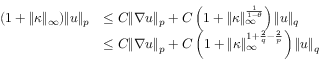
\begin{array} { r l } { ( 1 + \| \kappa \| _ { \infty } ) \| u \| _ { p } } & { \leq C \| \nabla u \| _ { p } + C \left( 1 + \| \kappa \| _ { \infty } ^ { \frac { 1 } { 1 - \theta } } \right) \| u \| _ { q } } \\ & { \leq C \| \nabla u \| _ { p } + C \left( 1 + \| \kappa \| _ { \infty } ^ { 1 + \frac { 2 } { q } - \frac { 2 } { p } } \right) \| u \| _ { q } } \end{array}